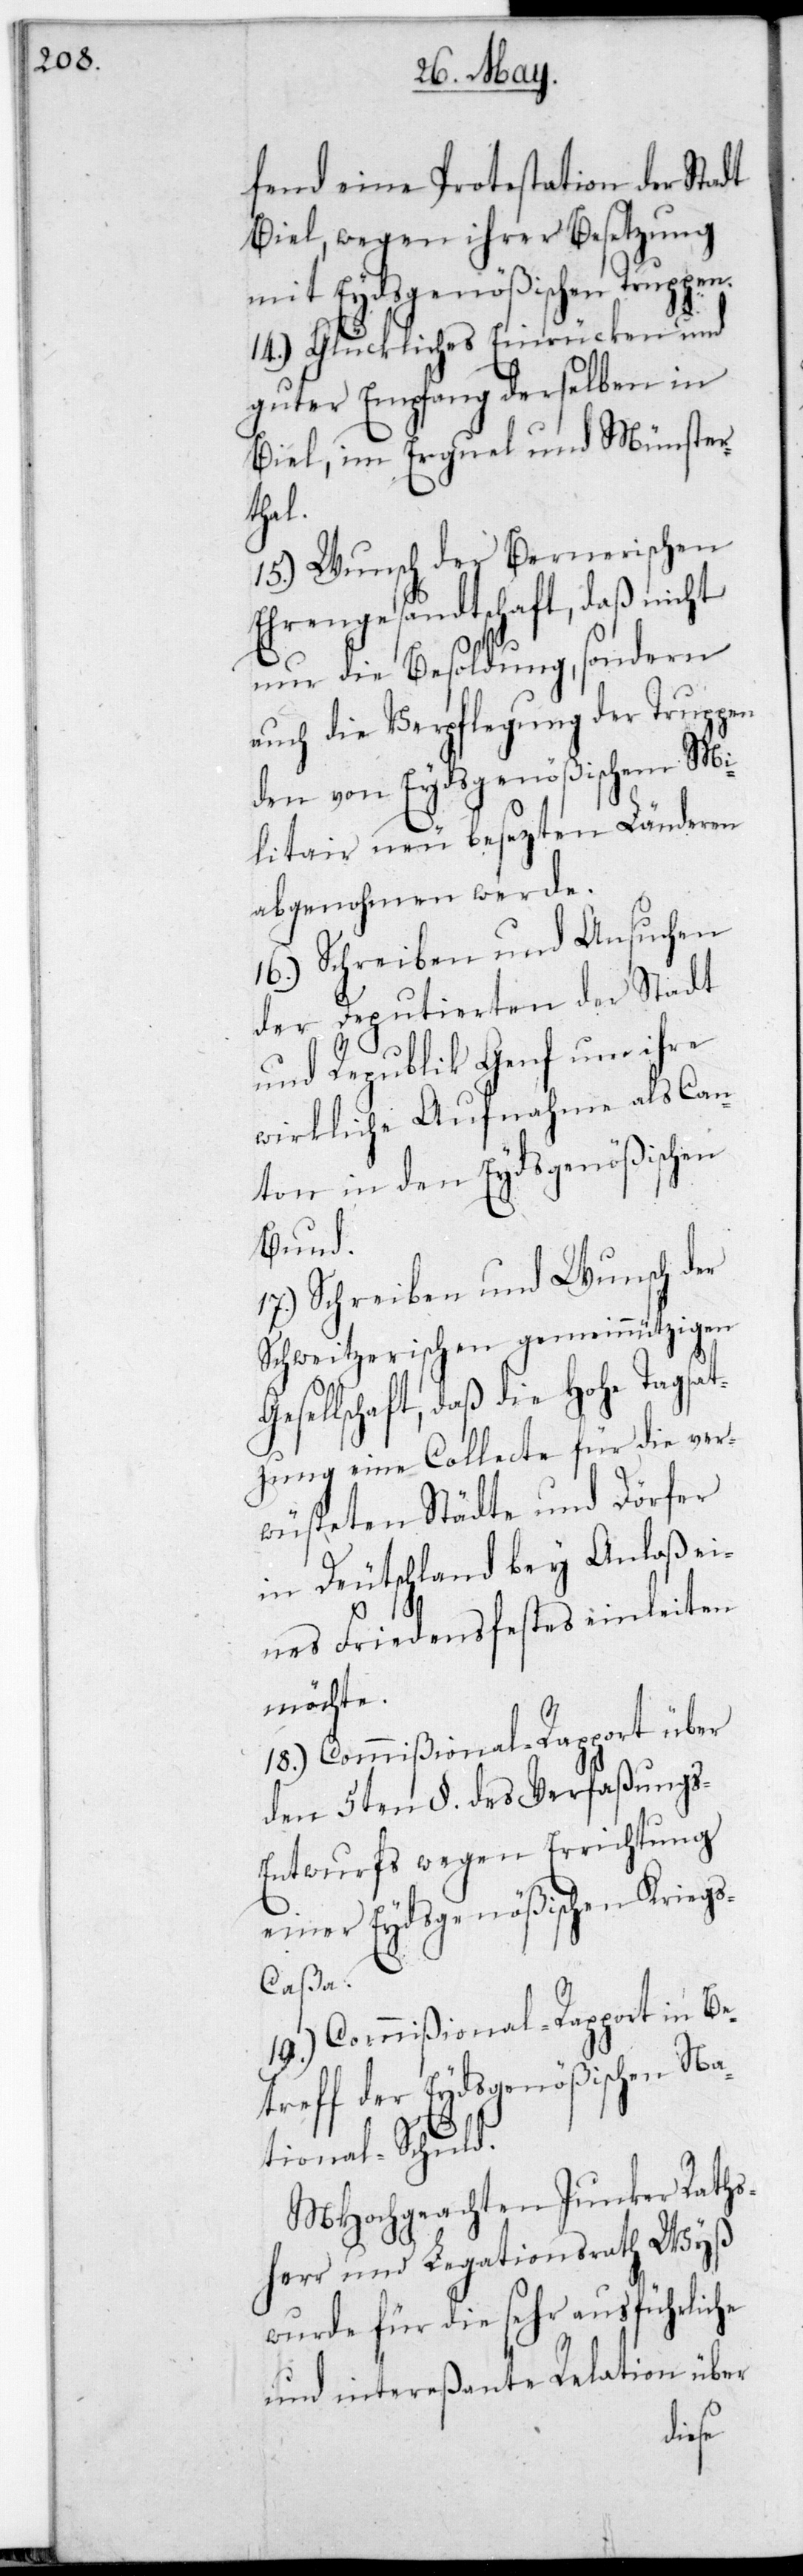
fend eine Protestation der Stadt
Biel, wegen ihrer Besetzung
mit Eydsgenößischen Truppen.
14.) Glückliches Einrücken und
guter Empfang derselben in
Biel, im Erguel und Münster¬
thal.
15.) Wunsch der Bernerischen
Ehrengesandtschaft, daß nicht
nur die Besoldung, sondern
auch die Verpflegung der Truppen
den von Eydsgenößischem Mi¬
litär neu besezten Länderen
abgenohmen werde.
16.) Schreiben und Ansuchen
der Deputierten der Stadt
und Republik Genf um ihre
wirkliche Aufnahme als Can¬
ton in den Eydsgenößischen
Bund.
17.) Schreiben und Wunsch der
Schweitzerischen gemeinnützigen
Gesellschaft, daß die Hohe Tagsat¬
zung eine Collecte für die ver¬
wüsteten Städte und Dörfer
in Deutschland bey Anlaß ei¬
nes Friedensfestes einleiten
möchte.
18.) Commißional-Rapport über
den 5ten §. des Verfaßung¬
s-Entwurfs wegen Errichtung
einer Eydsgenößischen Kriegs¬
caßa.
19.) Commißional-Rapport in Be¬
treff der Eydsgenößischen Na¬
tional-Schuld.
MHochgeachten Junker Raths¬
herr und Legationsrath Wyß
wurde für die sehr ausführliche
und intereßante Relation über